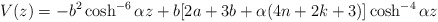
\begin{align*} V(z) = -b^2 \cosh^{-6} {\alpha z} + b[2a+ 3b +\alpha (4n+2k +3)]\cosh^{-4}{\alpha z}\end{align*}